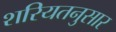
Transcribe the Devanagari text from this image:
शरियतनुसार